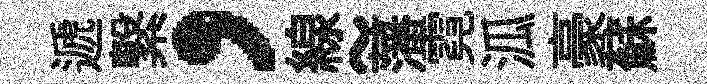
遞繋，線~藩霓泒豪蘇